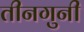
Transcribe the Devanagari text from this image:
तीनगुनी